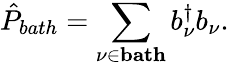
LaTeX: \hat{P}_{bath}=\sum_{\nu\in\textbf{bath}}b_{\nu}^{\dagger}b_{\nu}.